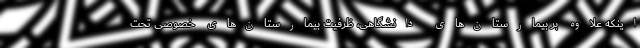
اینکه علاوه بر بیمارستان‌های دانشگاهی، ظرفیت بیمارستان‌های خصوصی تحت